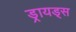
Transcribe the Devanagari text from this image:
ड्रायड्स